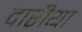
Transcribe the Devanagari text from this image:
दारीया